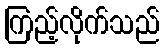
ကြည့်လိုက်သည်